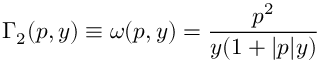
\Gamma _ { 2 } ( p , y ) \equiv \omega ( p , y ) = \frac { p ^ { 2 } } { y ( 1 + | p | y ) }